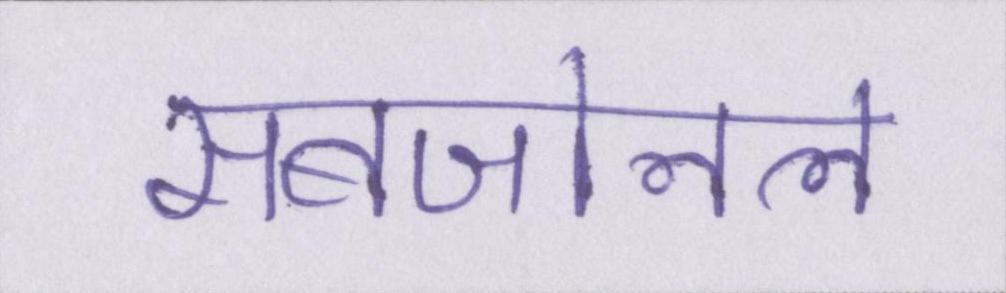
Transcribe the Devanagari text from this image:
सबजोनल